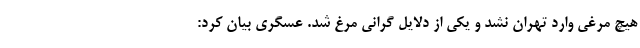
هیچ مرغی وارد تهران نشد و یکی از دلایل گرانی مرغ شد. عسگری بیان کرد: